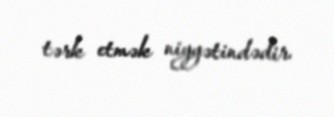
tərk etmək niyyətindədir.